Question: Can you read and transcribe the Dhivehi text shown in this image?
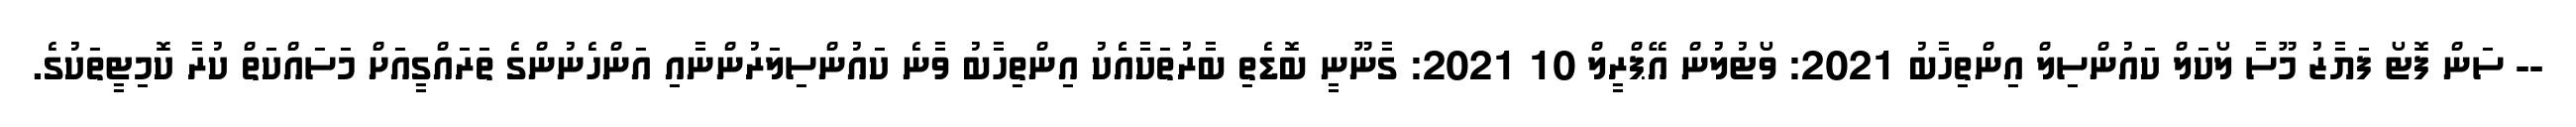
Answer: -- ސަން ފޮޓޯ ފަޔާޒު މޫސާ ލޯކަލް ކައުންސިލް އިންތިހާބު 2021: ވޯޓުލުން އޭޕްރީލް 10 2021: ގާނޫނީ ބޮޑެތި ބާރުތަކާއެެކު އިންތިހާބު ވާނެ ކައުންސިލަރުންނާއި އަންހެނުންގެ ތަރައްގީއަށް މަސައްކަތް ކުރާ ކޮމިޓީތަކުގެ.